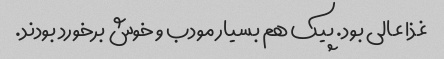
غذا عالی بود. پیک هم بسیار مودب و خوش برخورد بودند.